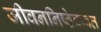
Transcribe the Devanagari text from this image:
जीवननिष्ठेबाबत